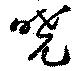
嘵